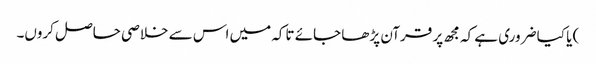
) یا کیا ضروری ہے کہ مجھ پر قرآن پڑھا جائے تاکہ میں اس سے خلاصی حاصل کروں۔